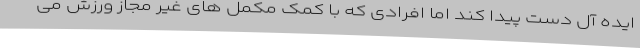
ایده آل دست پیدا کند اما افرادی که با کمک مکمل های غیر مجاز ورزش می